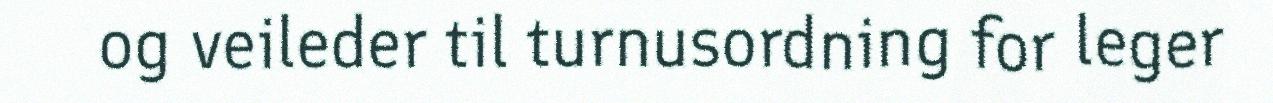
og veileder til turnusordning for leger